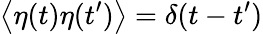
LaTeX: \left\langle{\eta(t)\eta(t^{\prime})}\right\rangle=\delta(t-t^{\prime})